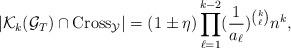
LaTeX: \begin{align*}|\mathcal K_k(\mathcal G_T) \cap \mathrm{Cross}_{\mathcal Y}|= (1\pm \eta) \prod \limits_{\ell=1}^{k-2} (\frac{1}{a_{\ell}})^{\binom{k}{\ell}} n^k,\end{align*}